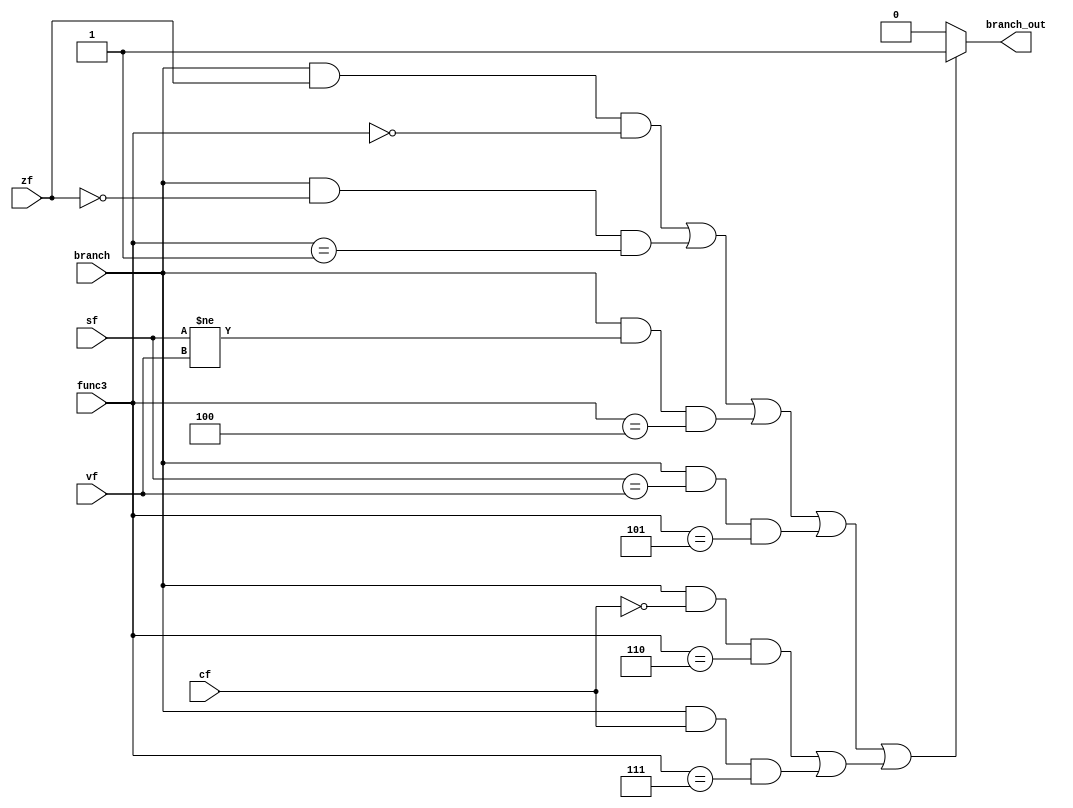
module BranchCU(
    input  branch,
    input [2:0] func3,
    input zf,
    input vf,
    input cf,
    input sf,
    output reg branch_out
    );
    
    always @(*) begin
        if((branch & zf & (func3==3'b000))||
        (branch & !zf & (func3==3'b001))||
        (branch & (sf!=vf) & (func3==3'b100))
        ||(branch & (sf==vf) & (func3==3'b101))
        ||(branch & (~cf) & (func3==3'b110)
        ||(branch & (cf) & (func3==3'b111))))
            branch_out<=1;
        else
            branch_out<=0;                 
    end
endmodule